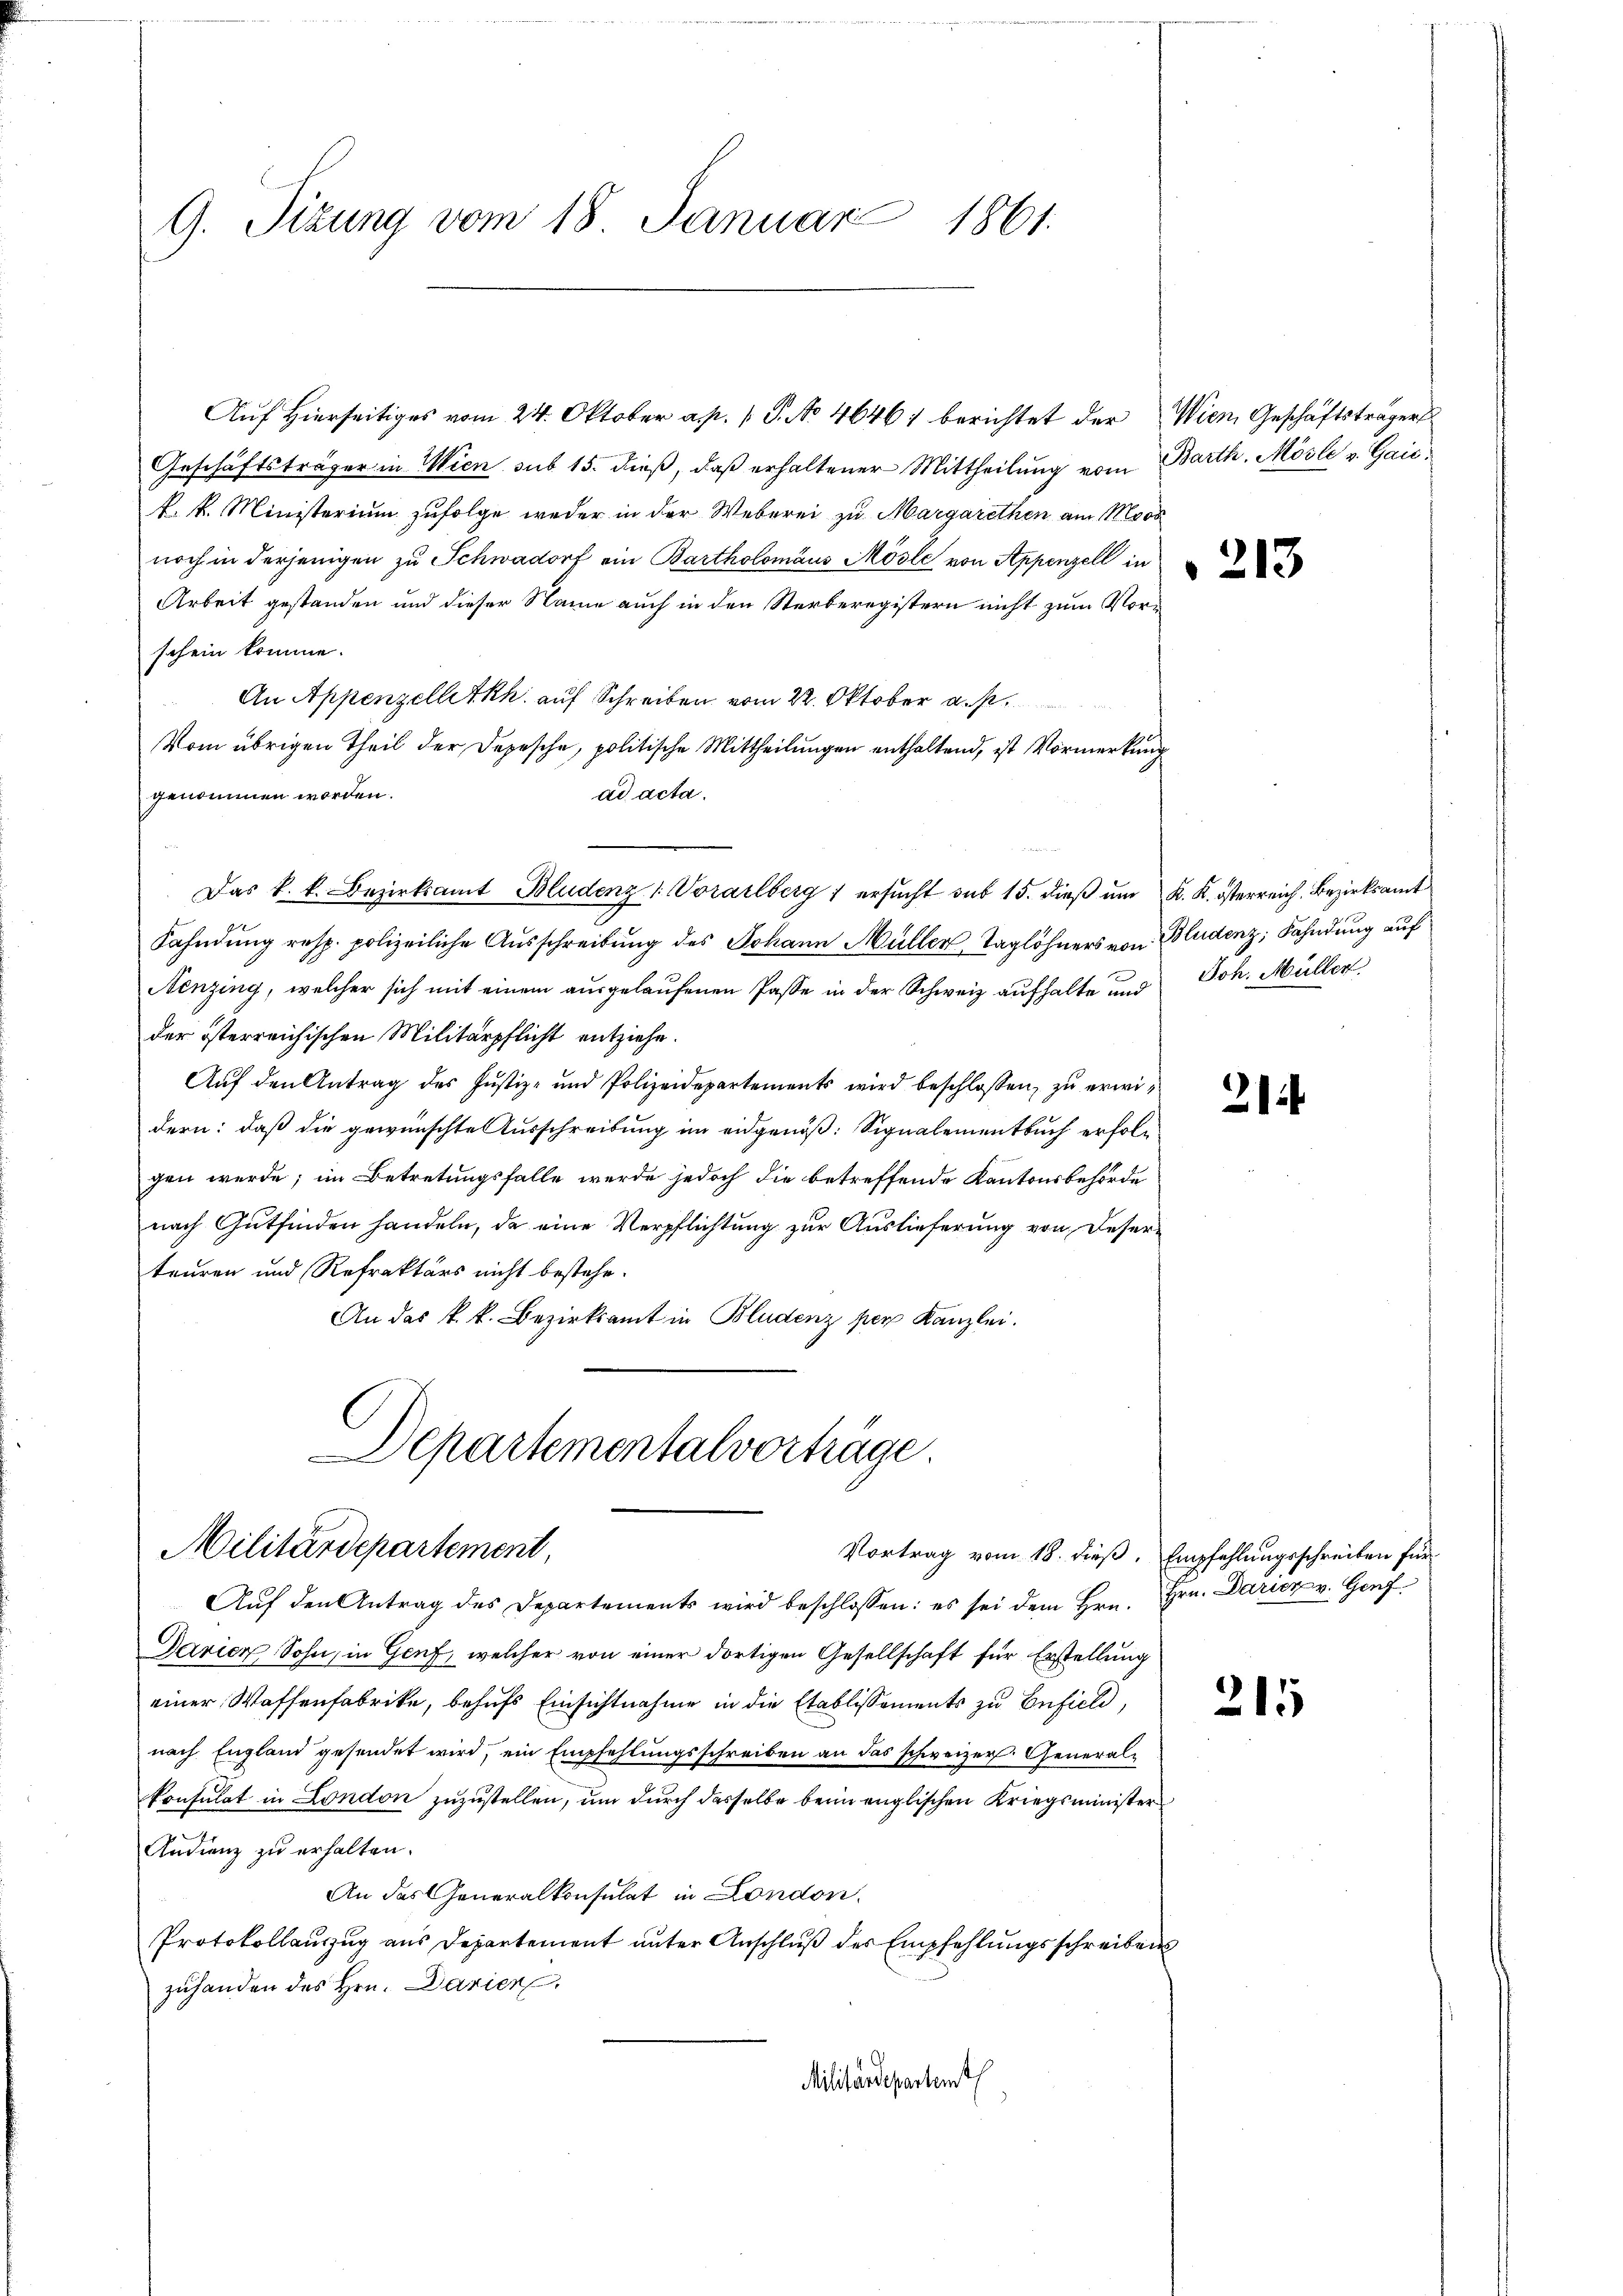
9. Sizung vom 18. Januar 1861.

Auf Hierseitiges vom 24. Oktober a. p. 1 P. No 4646) berichtet der
Geschäftsträger in Wien sub 15. dieß, daß erhaltener Mittheilung vom
k. k. Ministerium zufolge weder in der Weberei zu Margarethen am Moos
noch in derjenigen zu Schwadorf ein Bartholomäus Mösle von Appenzell in
Arbeit gestanden und dieser Name auch in den Sterberegistern nicht zum Vorschein komme.
An Appenzelletkh. auf Schreiben vom 22. Oktober a. p.
Vom übrigen Theil der Depesche, politische Mittheilungen enthaltend, ist Vormerkung
ad acta.
genommen worden.
Fahndung resp. polizeiliche Ausschreibung des Johann Müller, Taglöhners von
Nenzing, welcher sich mit einem ausgelaufenen Pässe in der Schweiz aufhalte und
der österreichischen Militärpflicht entziehe.
Aŭf den Antrag des Jŭstiz- und Polizeidepartements wird beschlossen, zŭ erwi-
dern: daß die gewünschte Ausschreibung im eidgenöß: Signalementbuch erfolgen werde; im Betretungsfalle werde jedoch die betreffende Kantonsbehörde
nach Gutfinden handeln, da eine Verpflichtung zur Auslieferung von Deserteuren und Refraktärs nicht bestehe.
An das k.k. Bezirksamt in Bludenz per Kanzlei.

.
Das k. k. Bezirksamt Bludenz 1. Vorarlberg 1 ersucht sub 15. dieß um

Departementalvorträge.
Militärdepartement,

Aŭf den Antrag des Departements wird beschlossen: es sei dem Hrn. Hrn. Daricz v. Genf

Wien Geschäftsträger
Barth. Mösli v. Gaić:

nach England gesendet wird, ein Empfehlungsschreiben an das schweizer. Generalkonsulat in London zuzustellen, um durch dasselbe beim englischen Kriegsminister
Andienz zu erhalten.
An das Generalkonsulat in London.
Protokollauszug aus Departement unter Anschluß der Empfehlungsschreibens
zuhanden des Hrn. Darien,
Militärdepartent

Vortrag vom 18. dieß, Empfehlungsschreiben für
Daricz Sohn, in Genf, welcher von einer dortigen Gesellschaft für Erstellung
einer Waffenfabrike, behufs Einsichtnahme in die Etablissements zu Enfield,

213

K. K. Osterreich, Bezirksamt
Bludenz; Fahndung auf
Joh. Müller.

21

215